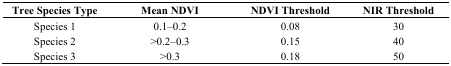
| Tree Species Type | Mean NDVI | NDVI Threshold | NIR Threshold |
 | --- | --- | --- | --- |
 | Species 1 | 0.1–0.2 | 0.08 | 30 |
 | Species 2 | >0.2–0.3 | 0.15 | 40 |
 | Species 3 | >0.3 | 0.18 | 50 |